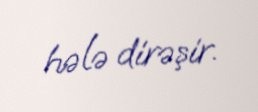
hələ dirəşir.